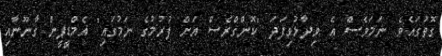
ގޮތުގައެވެ. ނަމަވެސް އެ ވިދާޅުވިފަދަ "ކޮންގްރެސް އަށް ފުރުމުގެ ނަމުގައި" އެމްޑީޕީން ގާނޫނާއި